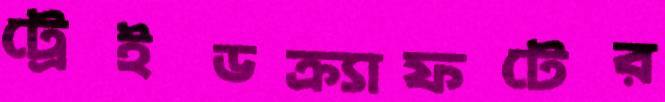
ট্রেইডক্র্যাফটের